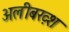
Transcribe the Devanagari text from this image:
अलीबख़्श